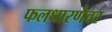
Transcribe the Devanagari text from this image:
फलधारणेवर